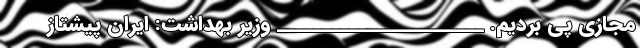
مجازی پی بردیم. _______________________ وزیر بهداشت: ایران پیشتاز